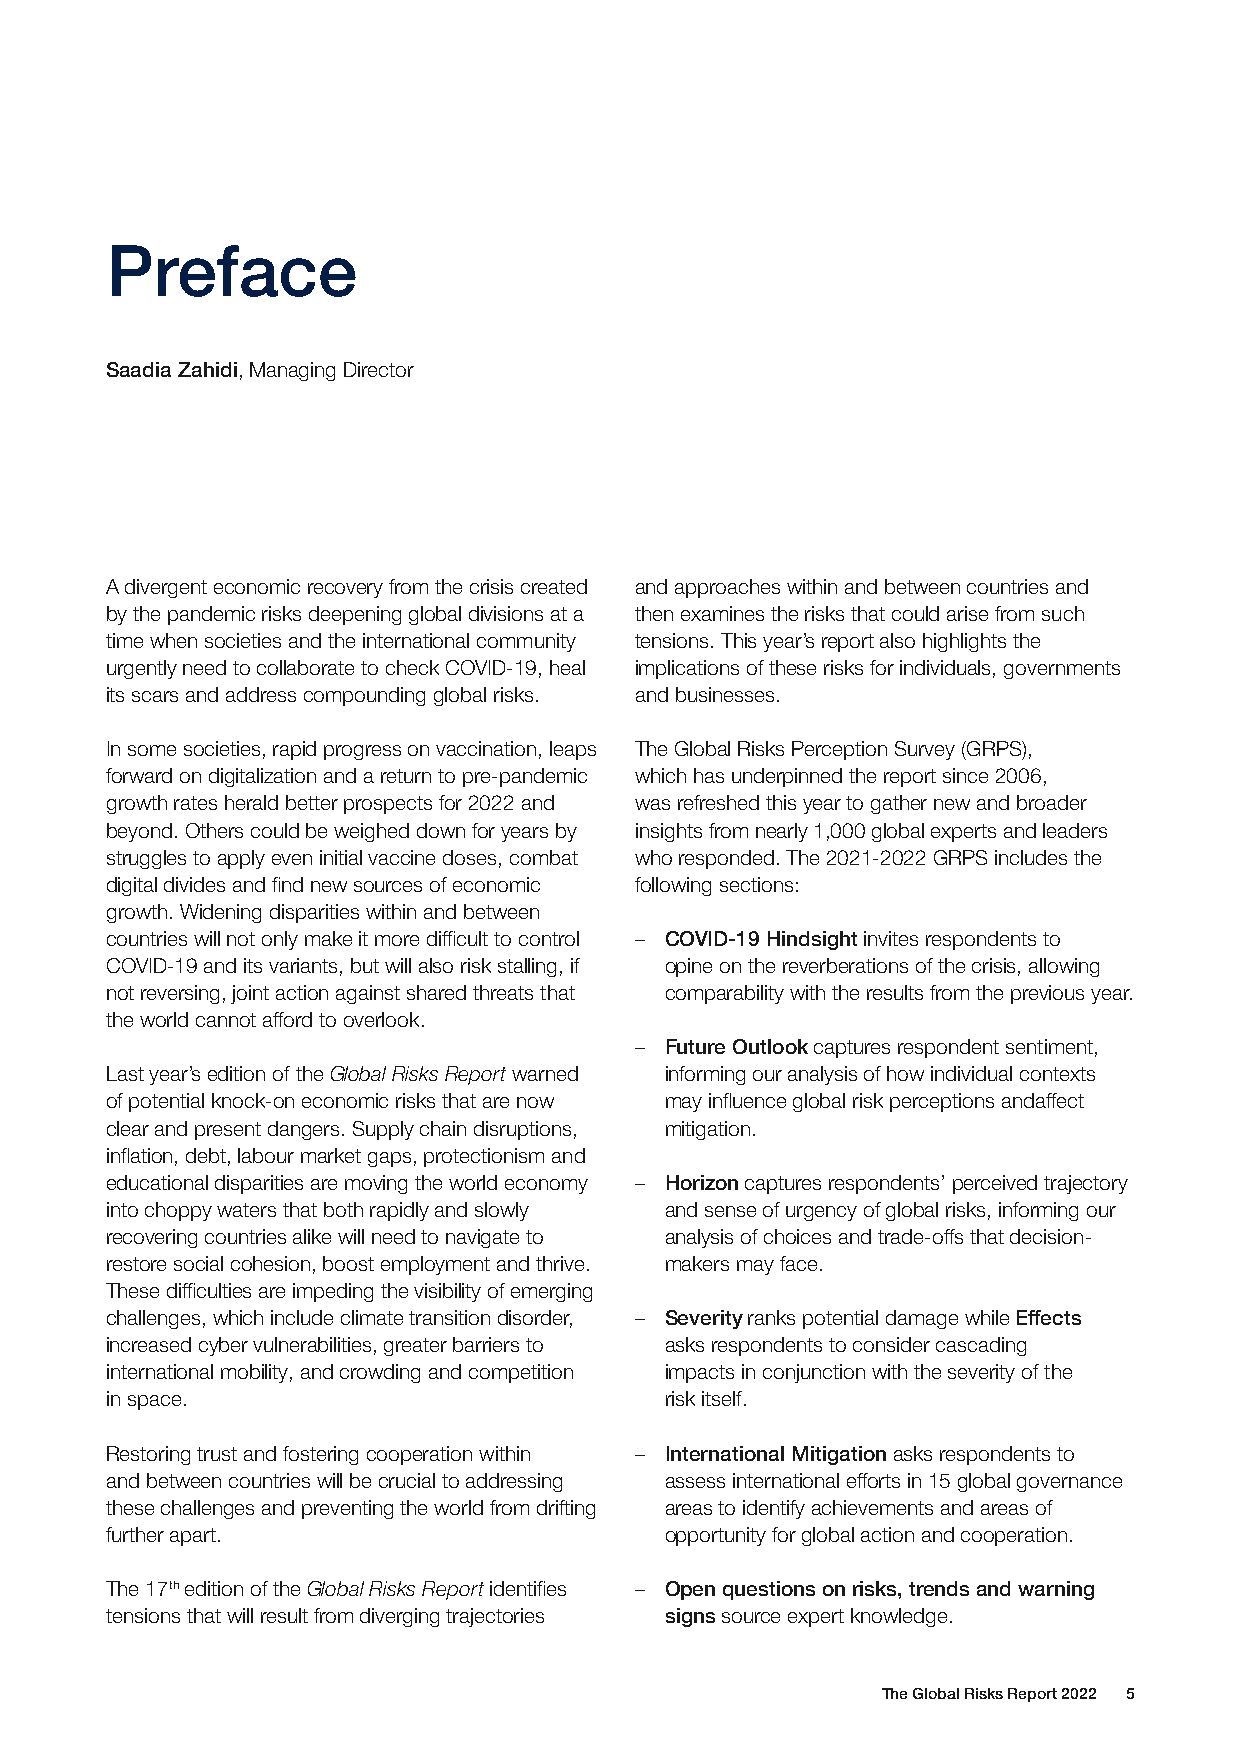
Preface
 Saadia Zahidi, Managing Director
 A divergent economic recovery from the crisis created and approaches within and between countries and
 by the pandemic risks deepening global divisions at a then examines the risks that could arise from such
 time when societies and the international community tensions. This year’s report also highlights the
 urgently need to collaborate to check COVID-19, heal implications of these risks for individuals, governments
 its scars and address compounding global risks. and businesses.
 In some societies, rapid progress on vaccination, leaps The Global Risks Perception Survey (GRPS),
 forward on digitalization and a return to pre-pandemic which has underpinned the report since 2006,
 growth rates herald better prospects for 2022 and was refreshed this year to gather new and broader
 beyond. Others could be weighed down for years by insights from nearly 1,000 global experts and leaders
 struggles to apply even initial vaccine doses, combat who responded. The 2021-2022 GRPS includes the
 digital divides and find new sources of economic following sections:
 growth. Widening disparities within and between
 countries will not only make it more difficult to control – COVID-19 Hindsight invites respondents to
 COVID-19 and its variants, but will also risk stalling, if opine on the reverberations of the crisis, allowing
 not reversing, joint action against shared threats that comparability with the results from the previous year.
 the world cannot afford to overlook.
 – Future Outlook captures respondent sentiment,
 Last year’s edition of the Global Risks Report warned informing our analysis of how individual contexts
 of potential knock-on economic risks that are now may influence global risk perceptions andaffect
 clear and present dangers. Supply chain disruptions, mitigation.
 inflation, debt, labour market gaps, protectionism and
 educational disparities are moving the world economy – Horizon captures respondents’ perceived trajectory
 into choppy waters that both rapidly and slowly and sense of urgency of global risks, informing our
 recovering countries alike will need to navigate to analysis of choices and trade-offs that decision-
 restore social cohesion, boost employment and thrive. makers may face.
 These difficulties are impeding the visibility of emerging
 challenges, which include climate transition disorder, – Severity ranks potential damage while Effects
 increased cyber vulnerabilities, greater barriers to asks respondents to consider cascading
 international mobility, and crowding and competition impacts in conjunction with the severity of the
 in space.                            risk itself.
 Restoring trust and fostering cooperation within – International Mitigation asks respondents to
 and between countries will be crucial to addressing assess international efforts in 15 global governance
 these challenges and preventing the world from drifting areas to identify achievements and areas of
 further apart.                       opportunity for global action and cooperation.
 The 17th edition of the Global Risks Report identifies – Open questions on risks, trends and warning
 tensions that will result from diverging trajectories signs source expert knowledge.
 The Global Risks Report 2022 5